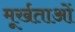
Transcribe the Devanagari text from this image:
मूर्खताओं